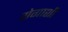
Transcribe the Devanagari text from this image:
येगाशी